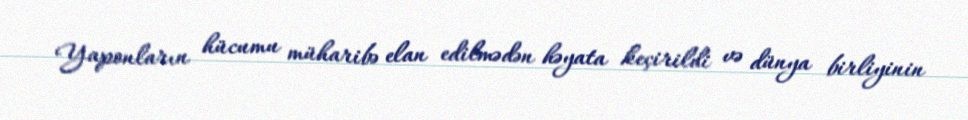
Yaponların hücumu müharibə elan edilmədən həyata keçirildi və dünya birliyinin